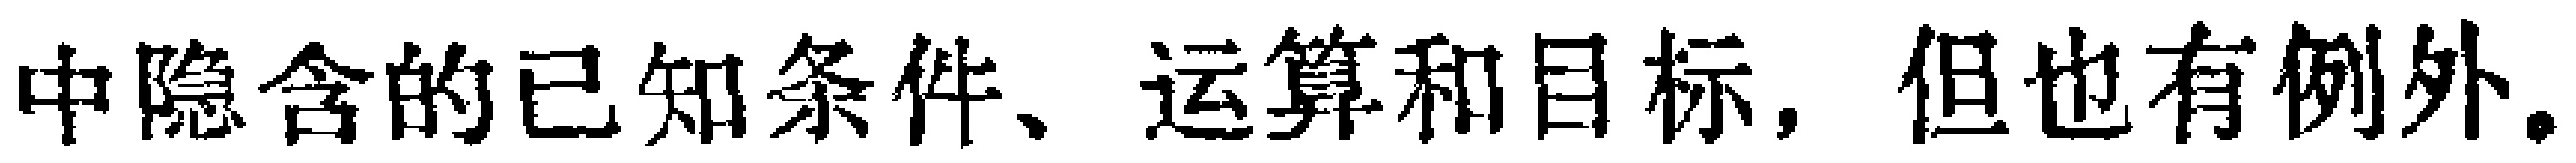
中隐含的已知条件、运算和目标，但也有例外。